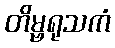
တိမ္ဗရုသကံ